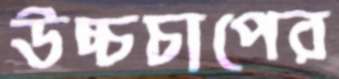
উচ্চচাপের